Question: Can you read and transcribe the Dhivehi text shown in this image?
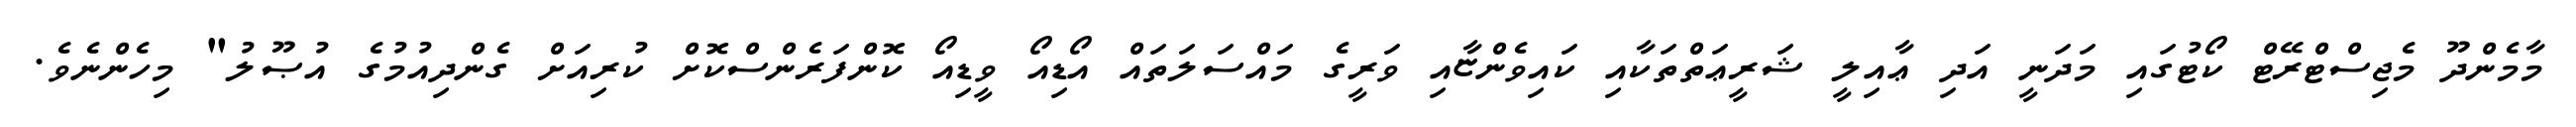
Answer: މާމެންދޫ މެޖިސްޓްރޭޓް ކޯޓުގައި މަދަނީ އަދި ޢާއިލީ ޝަރީޢަތްތަކާއި ކައިވެންޏާއި ވަރީގެ މައްސަލަތައް އޯޑިއޯ ވީޑިއޯ ކޮންފަރެންސްކޮށް ކުރިއަށް ގެންދިއުމުގެ އުޞޫލު" މިހެންނެވެ.